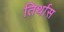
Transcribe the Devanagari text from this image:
तिर्थास